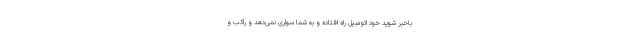
باخبر شوید خود اتومبیل راه افتاده و به شما سواری نمی‌دهد و راکب و